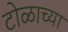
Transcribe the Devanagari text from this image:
टोळाच्या